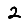
Digit: 2